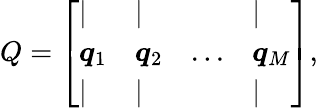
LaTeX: Q=\left[\begin{array}{llll}{\vert}&{\vert}&{~}&{\vert}\\ {\boldsymbol{q}_{1}}&{\boldsymbol{q}_{2}}&{...}&{\boldsymbol{q}_{M}}\\ {\vert}&{\vert}&{~}&{\vert}\end{array}\right],